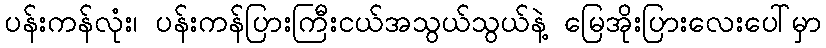
ပန်းကန်လုံး၊ ပန်းကန်ပြားကြီးငယ်အသွယ်သွယ်နဲ့ မြေအိုးပြားလေးပေါ်မှာ